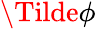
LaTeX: \Tilde{\phi}